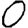
Digit: 0